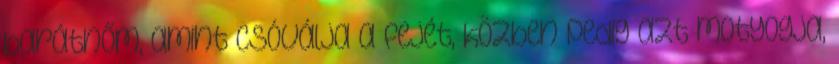
barátnőm, amint csóválja a fejét, közben pedig azt motyogja,